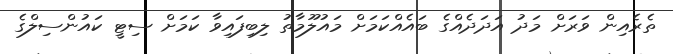
ތެރެއިން ވަރަށް މަދު އަދަދެއްގެ ބައެއްކަމަށް މައުލޫމާތު ލިބިފައިވާ ކަަމަށް ސިޓީ ކައުންސިލްގެ